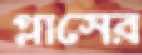
প্লাসের